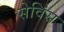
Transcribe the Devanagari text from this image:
सेविस